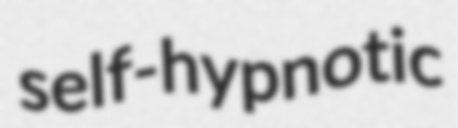
self-hypnotic